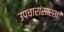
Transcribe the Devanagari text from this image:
उपचारांसारखी